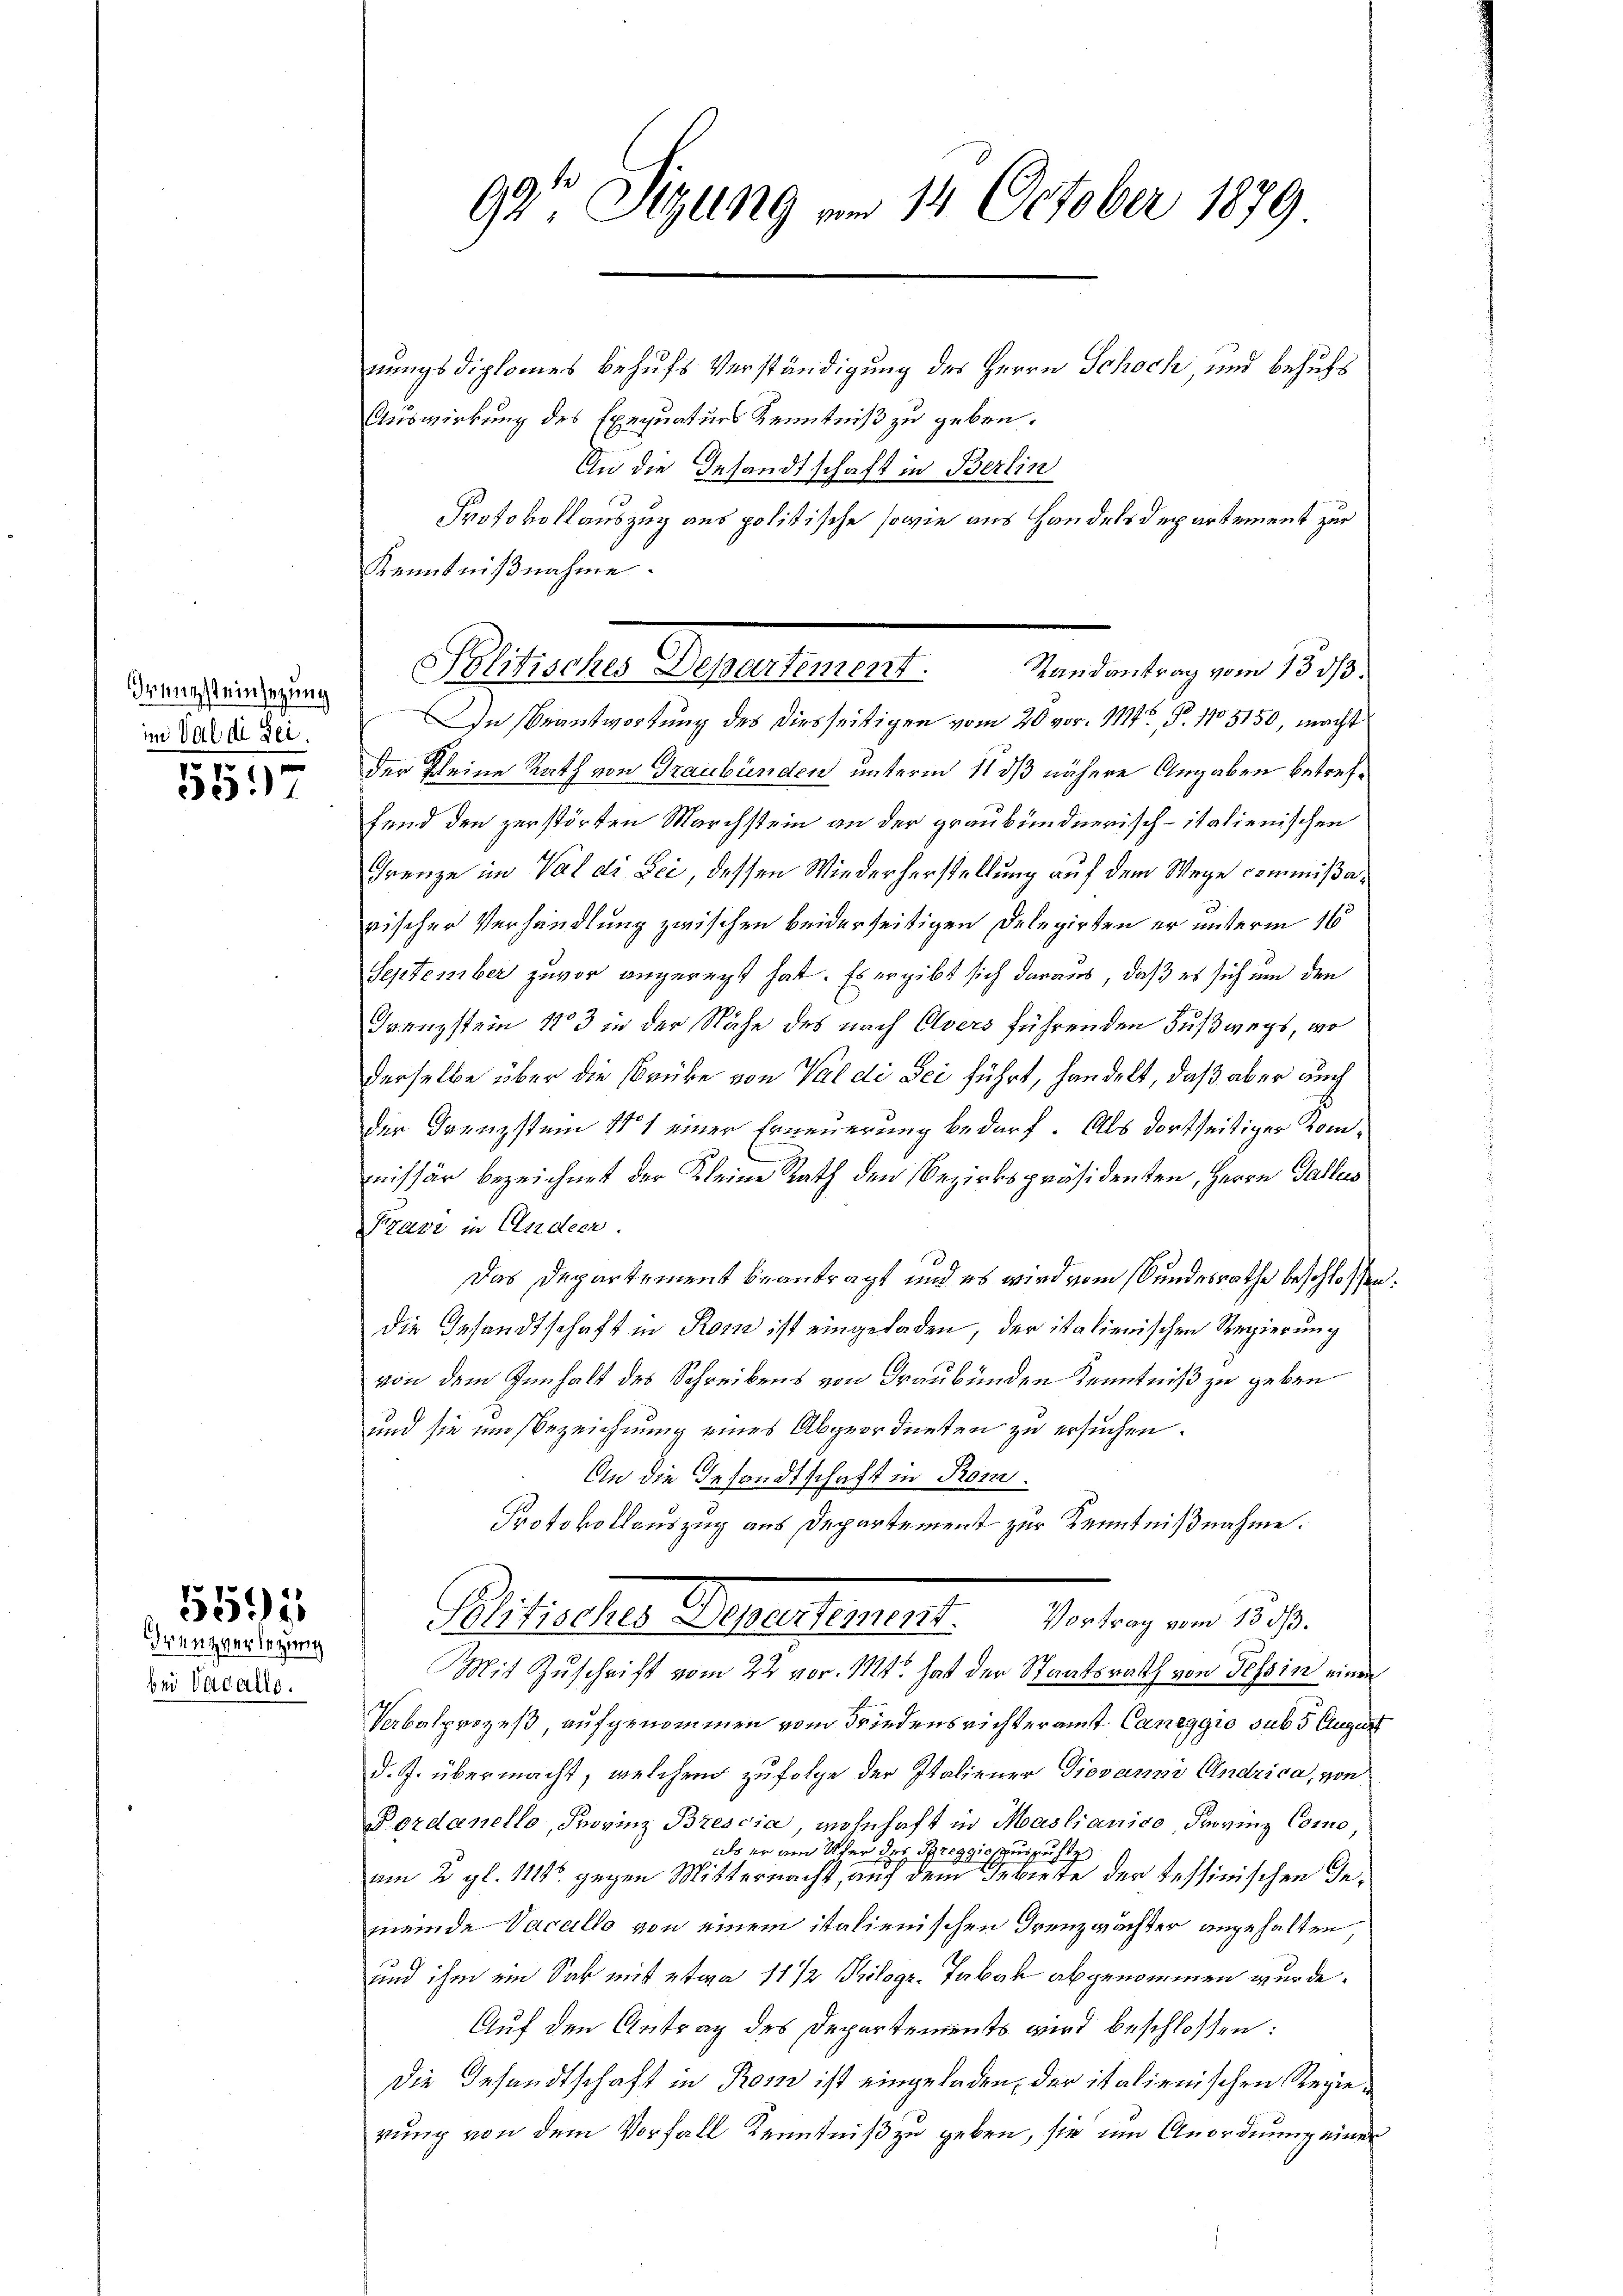
rungsteinsezung
im Val de sei.

551

5591

Krenzverlegung
bei Vacallo.

99 Sizung am 14. October 1879

Politisches Departement.

nungsdiplomes behufs Verständigung des Herrn Schoch und behufs
Auswirkung des Exequaturs Kenntniß zu geben.
An die Gesandtschaft in Berlin
Protokollauszug aus politische sowie aus Handelsdepartement zur
Kenntnißnahme
Randantrag vom 13. ds.
In Beantwortung des diesseitigen vom 20. vor. 114, S. 105150, macht
der Kleine Rath von Graubünden unterm 11 dß nähere Angaben betreffend den zerstörten Marchstein an der graubündnerisch-italienischen
Grenze im Val di Sei dessen Wiederherstellung auf dem Wege commißarischer Verhandlung zwischen beiderseitigen Delegirten er unterm 16
September zuvor angeregt hat. Es ergibt sich daraus, daß es sich um den
Franzstein 173 in der Nähe des nach Avers führenden Fußwegs, wo
derselbe über die Brüke von Valdi Sei führt, handelt, daß aber auch
der Grenzstum 11 einer Erneuerung bedarf. Als dortseitiger Kommissär bezeichnet der Kleine Rath den Bezirkspräsidenten, Herrn Gallus
Fravi in Andern.
Das Departement beantragt und es wird vom Bundesrathe beschlossen:
die Gesandtschaft in Korn ist eingeladen, der italienischen Regierung
von dem Innhalt des Schreibens von Graubünden Kenntniß zu geben
und sie um Bezeichnung eines Abgeordneten zu ersuchen.
An die Gesandtschaft in Rom.
Protokollauszug aus Departement zur Kenntnißnahme.
Bitischersteressen selt. Verlang am 19.
Mit Zuschrift vom 22 vor. 11t. hat der Staatsrath von Tessin einen
Verbalprozeß aufgenommen vom Friedensrichteramt Caneggio sub 5 August
d. J. übermacht, welchen zufolge der Italiener Giovanni Andrica, von
Pordanello, Provinz Brescia, wohnhaft in Mastianico Provinz Como
als er am Ufer des Breggio auszuste
am 2. gl. 11115. gegen Mitternacht, auf dem Gebiete der Tessinischen Inmeinde Vacallo von einem italienischen Treuzwächter angehalten
und ihm ein Sak mit etwa 11 1/2 Pilogr-Tabak abgenommen wurde.
Auf den Antrag des Departements wird beschlossen:
Die Gesandtschaft in Rom ist eingeladen, der italienischen Regierung von dem Vorfall Kenntniß zu geben, sie um Anordnung einer